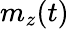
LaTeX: m_{z}(t)